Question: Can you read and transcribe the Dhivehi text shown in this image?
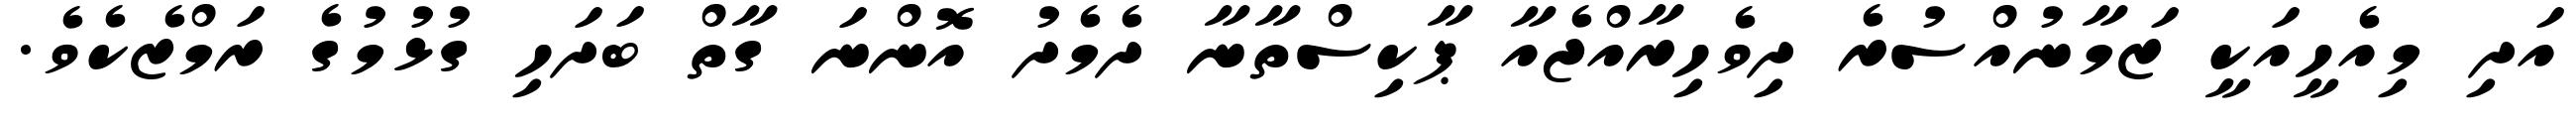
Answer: އަދި މިއެހީއަކީ ޒަމާނުއްސުރެ ދިވެހިރާއްޖެއާ ޕާކިސްތާނާ ދެމެދު އޮންނަ ގާތް ބަދަހި ގުޅުމުގެ ރަމްޒެކެވެ.